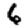
Digit: 6